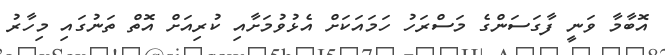
އޮބާމާ ވަނީ ފާގަސަންގެ މަސްރަހު ހަމައަކަށް އެޅުވުމަށާއި ކުރިއަށް އޮތް ތަނުގައި މިހާރު